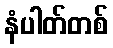
နံပါတ်တစ်